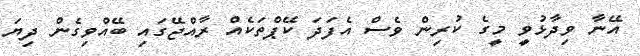
އޭނާ ވިދާޅުވީ މީގެ ކުރިން ވެސް އެފަދަ ކޭޕްތަކެއް ރާއްޖޭގައި ބޭއްވިގެން ދިޔަ